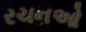
રચનઓ